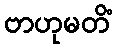
ဗာဟုမတိံ